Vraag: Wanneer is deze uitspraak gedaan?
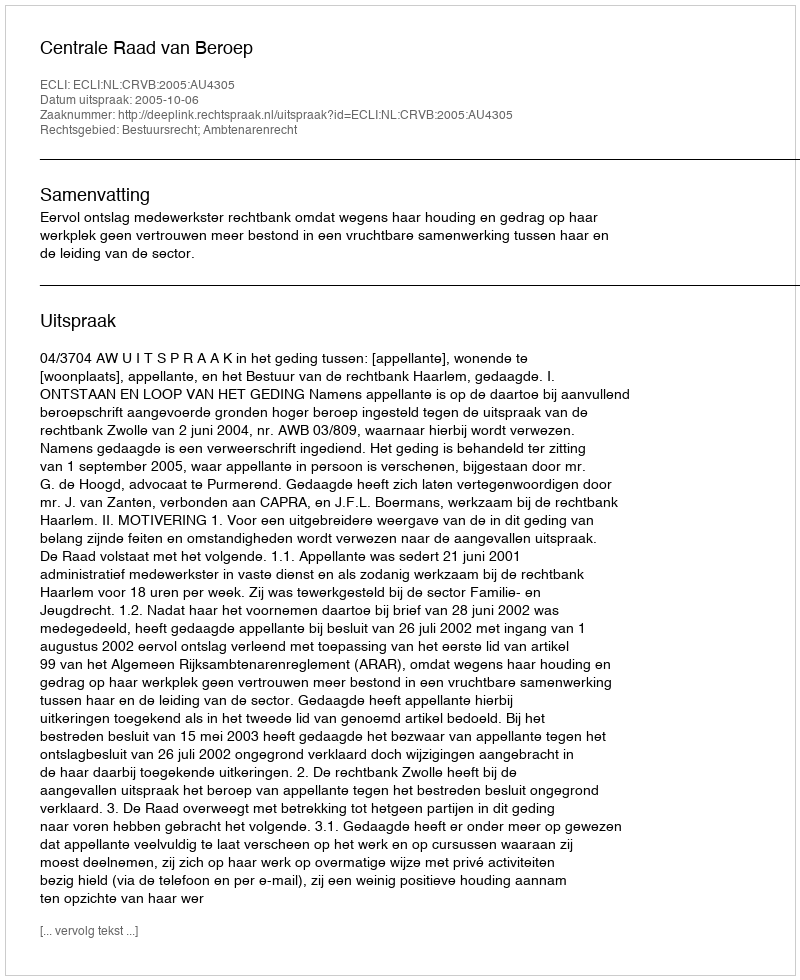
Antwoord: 2005-10-06